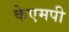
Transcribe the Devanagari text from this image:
केएमपी